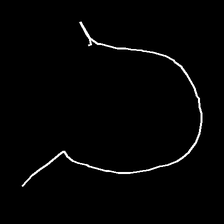
Glyph: weave